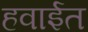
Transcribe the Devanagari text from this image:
हवाईत